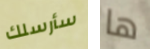
سأرسلك ها